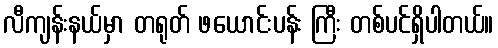
လီကျန်းနယ်မှာ တရုတ် ဖယောင်းပန်း ကြီး တစ်ပင်ရှိပါတယ်။